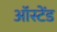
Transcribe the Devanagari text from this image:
ऑस्टेंड